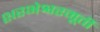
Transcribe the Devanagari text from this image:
शरभेश्वरमूर्ती